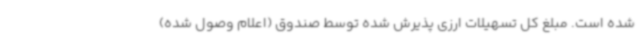
شده است. مبلغ کل تسهیلات ارزی پذیرش شده توسط صندوق (اعلام وصول شده)